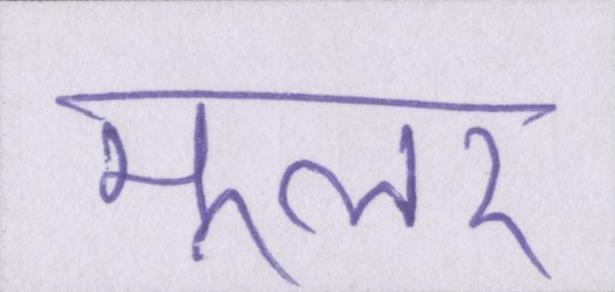
मूलर